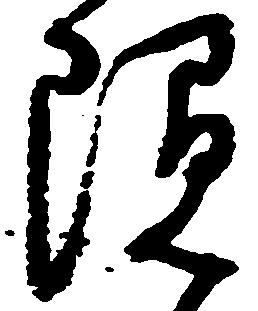
隠